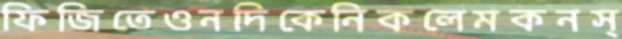
ফিজিতেওনদিকেনিকলেমকনস্